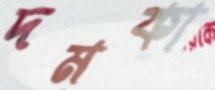
দমকা